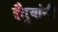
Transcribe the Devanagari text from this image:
दौर्‍यांनी